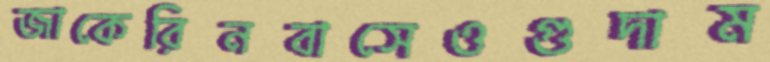
জাকেরিনবাসেওগুদাম